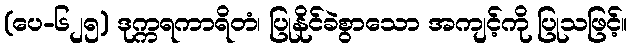
(ပေ-၆၂၅) ဒုက္ကရကာရိတံ၊ ပြုနိုင်ခဲစွာသော အကျင့်ကို ပြုသဖြင့်။